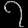
Digit: ၇